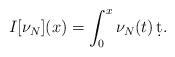
LaTeX: \begin{align*}I[\nu_{N}](x) = \int_{0}^{x} \nu_{N}(t)\, \d t.\end{align*}